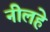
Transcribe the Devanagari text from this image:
नीलहे